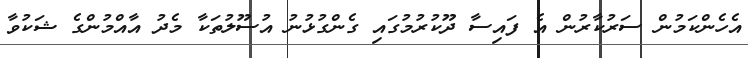
އެހެންކަމުން ސަރުކާރުން އެ ފައިސާ ދޫކުރުމުގައި ގެންގުޅުނު އުސޫލުތަކާ މެދު އާއްމުންގެ ޝަކުވާ